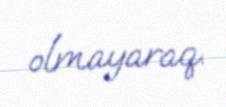
olmayaraq.